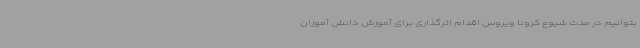
بتوانیم در مدت شیوع کرونا ویروس اقدام اثرگذاری برای آموزش دانش آموزان